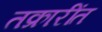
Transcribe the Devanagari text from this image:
तक्रारींत